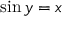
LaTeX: \sin y = x \,